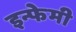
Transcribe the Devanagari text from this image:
इन्फेमी